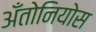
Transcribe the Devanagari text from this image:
अँतोनियोस